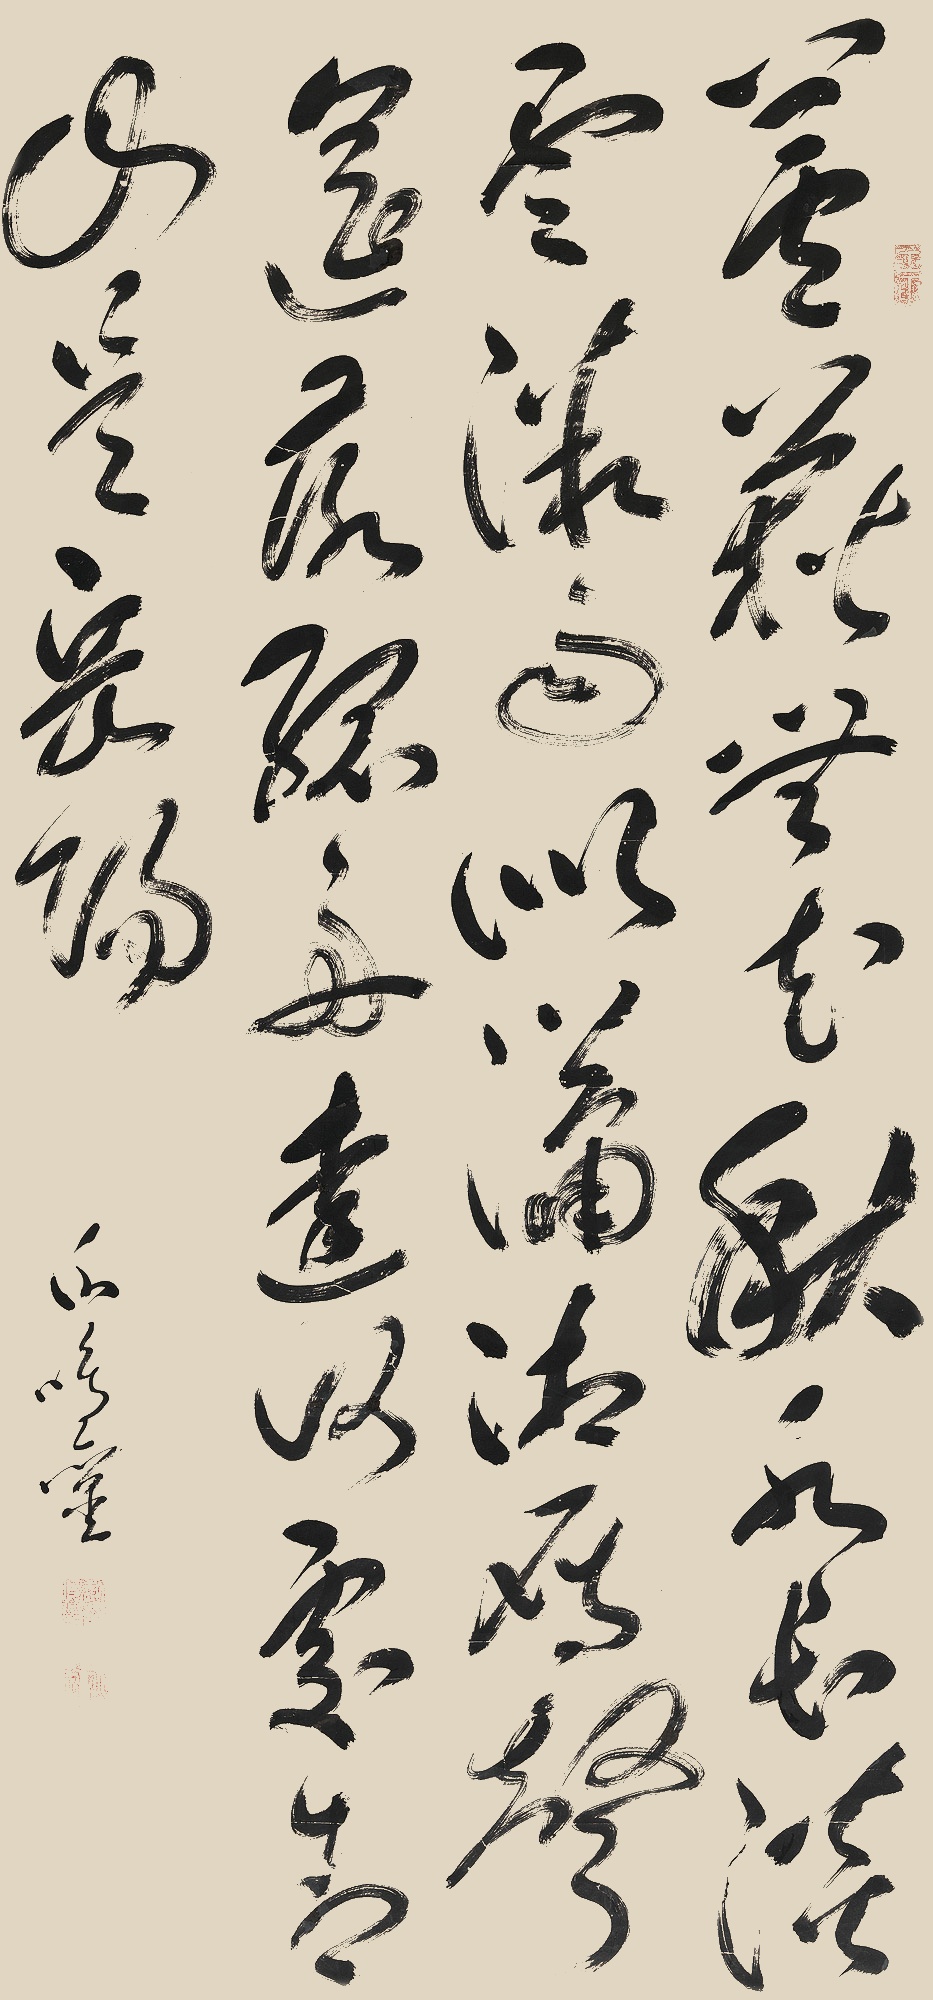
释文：芦荻无花秋水长，淡云微雨似潇湘。雁声遥落孤舟远，何处青山是岳阳。谢鸣銮印、玉堂、壬申